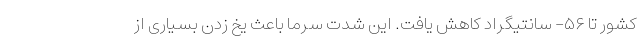
کشور تا ۵۶- سانتیگراد کاهش یافت. این شدت سرما باعث یخ زدن بسیاری از